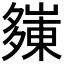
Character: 𭑀